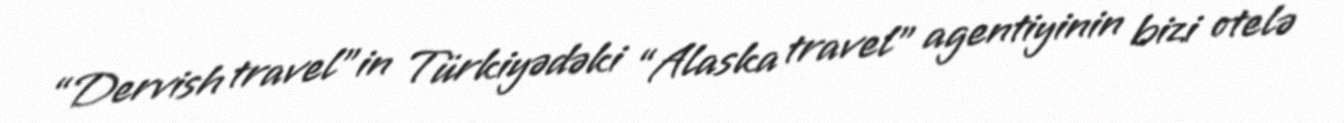
“Dervish travel”in Türkiyədəki “Alaska travel” agentiyinin bizi otelə